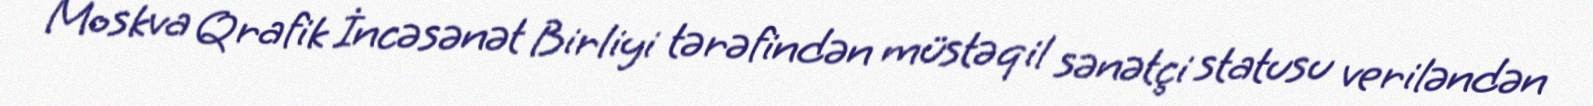
Moskva Qrafik İncəsənət Birliyi tərəfindən müstəqil sənətçi statusu veriləndən